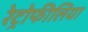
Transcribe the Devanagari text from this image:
रेट्रोफीलिया